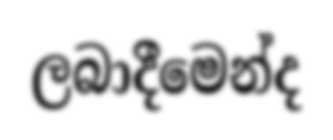
ලබාදීමෙන්ද